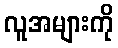
လူအများကို